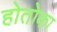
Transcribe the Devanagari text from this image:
होतोका